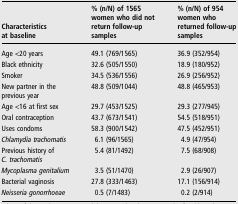
| Characteristics at baseline | % (n/N) of 1565 women who did not return follow-up samples | % (n/N) of 954 women who returned follow-up samples |
 | --- | --- | --- |
 | Age <20 years | 49.1 (769/1565) | 36.9 (352/954) |
 | Black ethnicity | 32.6 (505/1550) | 18.9 (180/952) |
 | Smoker | 34.5 (536/1556) | 26.9 (256/952) |
 | New partner in the previous year | 48.8 (509/1044) | 48.8 (465/953) |
 | Age <16 at first sex | 29.7 (453/1525) | 29.3 (277/945) |
 | Oral contraception | 43.7 (673/1541) | 54.5 (518/951) |
 | Uses condoms | 58.3 (900/1542) | 47.5 (452/951) |
 | Chlamydia trachomatis | 6.1 (96/1565) | 4.9 (47/954) |
 | Previous history of C. trachomatis | 5.4 (81/1492) | 7.5 (68/908) |
 | Mycoplasma genitalium | 3.5 (51/1470) | 2.9 (26/907) |
 | Bacterial vaginosis | 27.8 (333/1463) | 17.1 (156/914) |
 | Neisseria gonorrhoeae | 0.5 (7/1483) | 0.2 (2/914) |